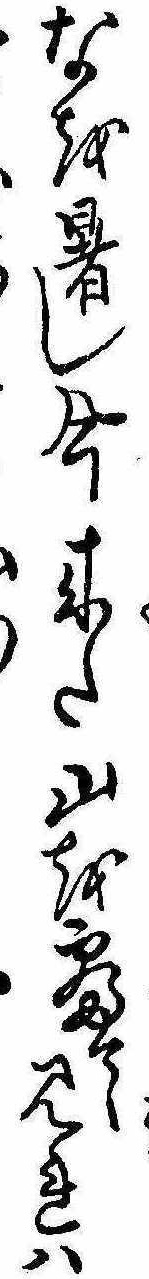
なを暑し今来た山を寝て見れは